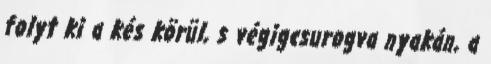
folyt ki a kés körül, s végigcsurogva nyakán, a